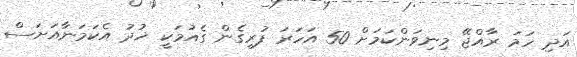
އަދި ހަމަ ރާއްޖޭ މިނިވަންކަމަށް 50 އަހަރަ ފުރިގެން ގެއުމަކީ ޚުދު އެކަމަނާއަށަސް